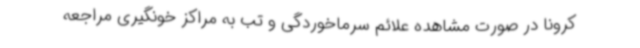
کرونا در صورت مشاهده علائم سرماخوردگی و تب به مراکز خونگیری مراجعه